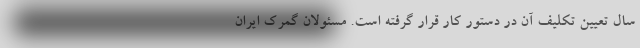
سال تعیین تکلیف آن در دستور کار قرار گرفته است. مسئولان گمرک ایران